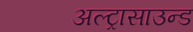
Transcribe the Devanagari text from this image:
अल्ट्रासाउन्ड